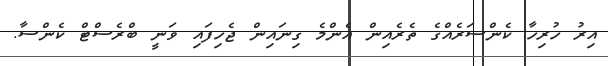
އިރު ހުރިހާ ކެންސަރެއްގެ ތެރެއިން އެންމެ ގިނައިން ޖެހިފައި ވަނީ ބްރެސްޓް ކެންސާ.